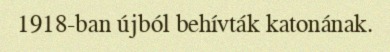
1918-ban újból behívták katonának.